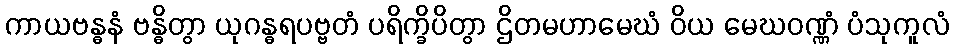
ကာယဗန္ဓနံ ဗန္ဓိတွာ ယုဂန္ဓရပဗ္ဗတံ ပရိက္ခိပိတွာ ဌိတမဟာမေဃံ ဝိယ မေဃဝဏ္ဏံ ပံသုကူလံ